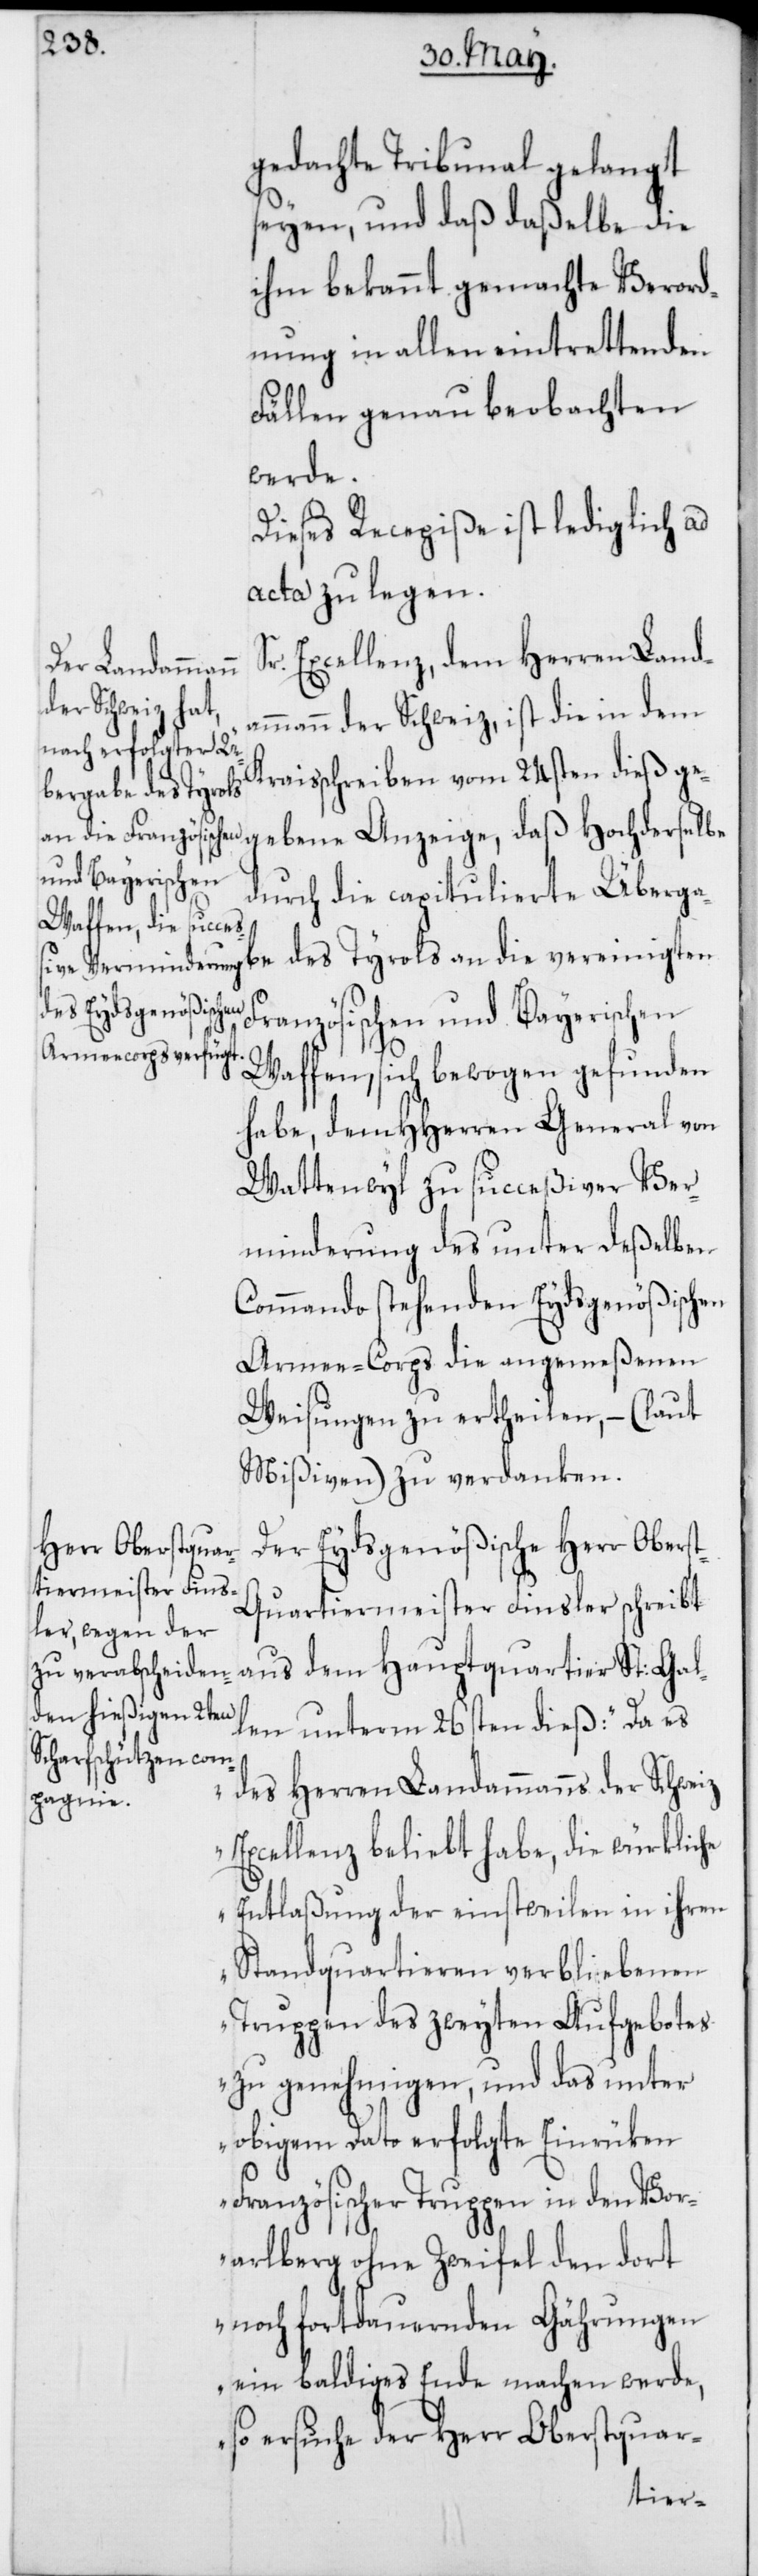
gedachte Tribunal gelangt
seyen, und daß daßelbe die
ihm bekannt gemachte Verord¬
nung in allen eintrettenden
Fällen genau beobachten
werde.
Dieses Recepiße ist lediglich ad
acta zu legen.
Excellenz, dem Herren Land¬
ammann der Schweiz, ist die in dem
Kraisschreiben vom 24sten dieß ge¬
gebene Anzeige, daß Hochderselbe
durch die capitulierte Überga¬
be des Tyrols an die vereinigten
Französischen und Bayerischen
Waffen, sich bewogen gefunden
habe, dem HHerren General von
Wattenwyl zu succeßiver Ver¬
minderung des unter deßelben
Commando stehenden Eydsgenößischen
Armee-Corps die angemeßenen
Weisungen zu ertheilen, – (laut
Mißiven) zu verdanken.
Der Eydsgenößische Herr Obers¬
t-Quartiermeister Finsler schreibt
aus dem Hauptquartier St: Gal¬
len unterm 26sten dieß: „Da es
des Herren Landammanns der Schweiz
Excellenz beliebt habe, die würkliche
Entlaßung der einstweilen in ihren
Standquartieren verbliebenen
Truppen des zweyten Aufgebotes
zu genehmigen, und das unter
obigem Dato erfolgte Einrüken
Französischer Truppen in den Vor¬
arlberg ohne Zweifel den dort
noch fortdauernden Gährungen
ein baldiges Ende machen werde,
so ersuche der Herr Oberstquar-